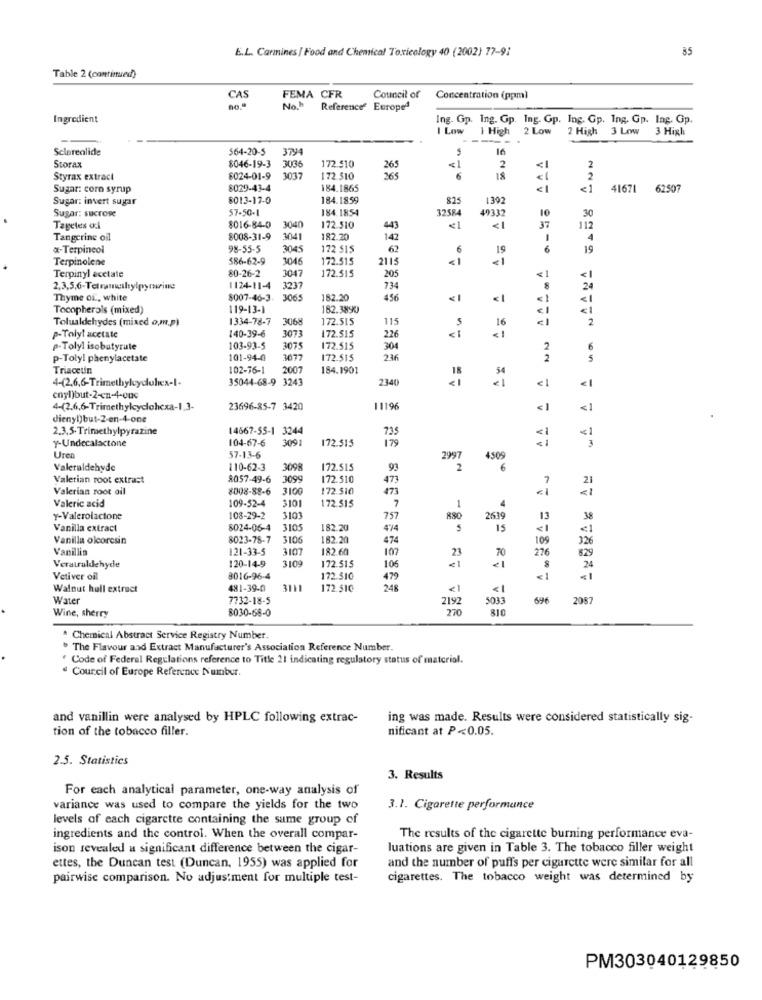
E.L. Carmines | Food and Chemical Toxicology 40 (2002) 77-9:
85
Table 2 (continued)
CAS
FEMA CFR
Council of
Concentration (ppm)
no.ª
Noh
Reference' Europe1
Ingredient
Ing. Gp. Ing. Gp. Ing. Gp. Ing. Gp. Ing. Gp. Ing. Gp.
I Low
1 High 2 Low
2 High
3 Low
3 High
--
Sclorealide
564-20-5
3794
le
2
Storax
8046-19-3
3036
172.510
2
Styrax extract
8024-01-9
3037
172.510
365
6
2
Sugar: corn syrup
8029-43-4
184.1865
<1
41671 62507
Sugar: invert sugar
8013-17-0
184.1859
$15
1392
Sugar: sucrose
57-50-1
184.1854
32584
49332
10
30
Tapetes od
$016-84-0
3040
172.510
443
€1
37
112
Tangerine oil
8008-31-9
3041
182.20
142
4
x-Terpineol
98-55-5
3049
172 515
62
6
19
6
19
Terpinolene
$86-62-9
3046
172.515
211
<1
<1
80-26-2
3047
172.515
205
Terpinyl acetate
<1
1124-11-4
3237
734
24
Thyme of, white
8007-46-3
3065
182.20
456
< 1
<1
Tocopherols (mixed)
119-13-1
182.3890
<1
Tolualdehydes (mixed om.p)
1334-78-7
3068
172.515
115
16
2
140-39-6
3073
172.515
--
p-Tolyl acetate
226
p-Tolyl isobutyrate
103-93-5
3075
172.515
304
2
6
p-Tolyl phenylacetate
101-94-0
172.515
236
2
5
Triacetin
102-76-1
2007
184.1901
4-(2,6,6-Trimethylcyclohex-1-
35044-68-9 3243
2340
18
<1
€1
cnyl)but-2-en-4-one
4-(2,6,6-Trimethylcyclohexa-1,3-
23696-85-7 3420
11196
< 1
<1
dienyt)but-2-en-4-one
2.3,5-Trimethylpyrazine
14667-55-1 3244
73
<1
y-Undecalactone
104-67-6
3091
172.515
179
3
Uren
57-13-6
2997
4509
Valeraldehyde
110-62-3
309
172.515
93
2
6
Valerian root extract
8057-49-6
3099
172.510
473
7
Valerian root oil
8008-88-6
3100
172.510
473
Valeric acid
109-52-4
310
7
1
4
172.51
y-Valerolactone
108-29-2
3103
757
880
2639
13
Vanilla extract
8024-06-4
3105
182. 20
474
5
15
<1
Vanilla olcoresin
8023-78-7
3106
182.20
474
109
326
Vanillia
121-33-5
3107
182.60
107
70
276
829
Veratraldehyde
3109
120-14-9
172.515
106
21
24
Vetiver oil
8016-96-4
172.510
479
<1
<1
Walnut hull extract
481-39-0
172.510
245
<1
Water
7732-18-5
2192
5033
696
2087
Wine, sherry
8030-68-0
270
310
Chemical Abstract Service Registry Number
" The Flavour and Extract Manufacturer's Association Reference Number.
Code of Federal Regulations reference to Title 21 indicating regulatory status of material.
Council of Europe Reference Number.
and vanillin were analysed by HPLC following extrac-
ing was made. Results were considered statistically sig-
tion of the tobacco filler.
nificant at P<0.05.
2.5. Statistics
3. Results
For each analytical parameter, one-way analysis of
variance was used to compare the yields for the two
3.1. Cigarette performance
levels of each cigarette containing the same group of
ingredients and the control. When the overall compar-
The results of the cigarette burning performance eva-
ison revealed a significant difference between the cigar-
luations are given in Table 3. The tobacco filler weight
ettes, the Duncan test (Duncan, 1955) was applied for
and the number of puffs per cigarette were similar for all
pairwise comparison. No adjustment for multiple test-
cigarettes. The tobacco weight was determined by
PM303040129850